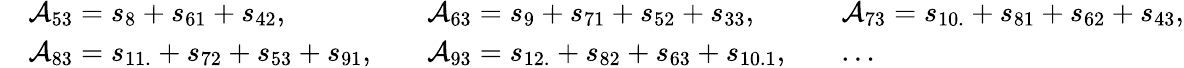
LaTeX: \begin{array}{rlrlrl}&{\mathcal{A}_{53}=s_{8}+s_{61}+s_{42},}&&{\mathcal{A}_{63}=s_{9}+s_{71}+s_{52}+s_{33},}&&{\mathcal{A}_{73}=s_{10.}+s_{81}+s_{62}+s_{43},}\\ &{\mathcal{A}_{83}=s_{11.}+s_{72}+s_{53}+s_{91},}&&{\mathcal{A}_{93}=s_{12.}+s_{82}+s_{63}+s_{10.1},}&&{\ldots}\end{array}